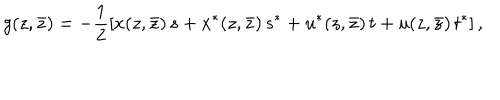
g ( z , \bar { z } ) = - \frac { 1 } { 2 } \left[ x ( z , \bar { z } ) \, s + x ^ { * } ( z , \bar { z } ) \, s ^ { * } + u ^ { * } ( z , \bar { z } ) \, t + u ( z , \bar { z } ) \, t ^ { * } \right] ,